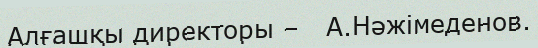
Алғашқы директоры –   А.Нәжімеденов.